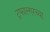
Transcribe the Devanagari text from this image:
ट्रफाल्गरच्या